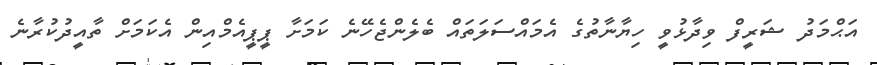
އަޙްމަދު ޝަރީފް ވިދާޅުވީ ހިޔާނާތުގެ އެމައްސަލަތައް ބެލެންޖެހޭނެ ކަަމަށާ ޕީޕީއެމްއިން އެކަމަށް ތާއީދުކުރާނެ